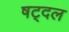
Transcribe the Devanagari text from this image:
षट्दल